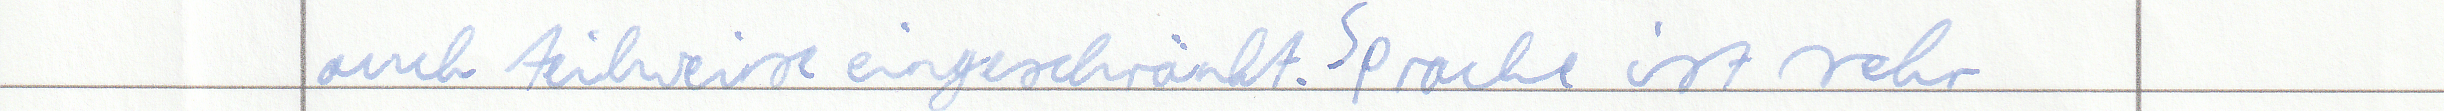
auch teilweise eingeschränkt. Sprache ist sehr